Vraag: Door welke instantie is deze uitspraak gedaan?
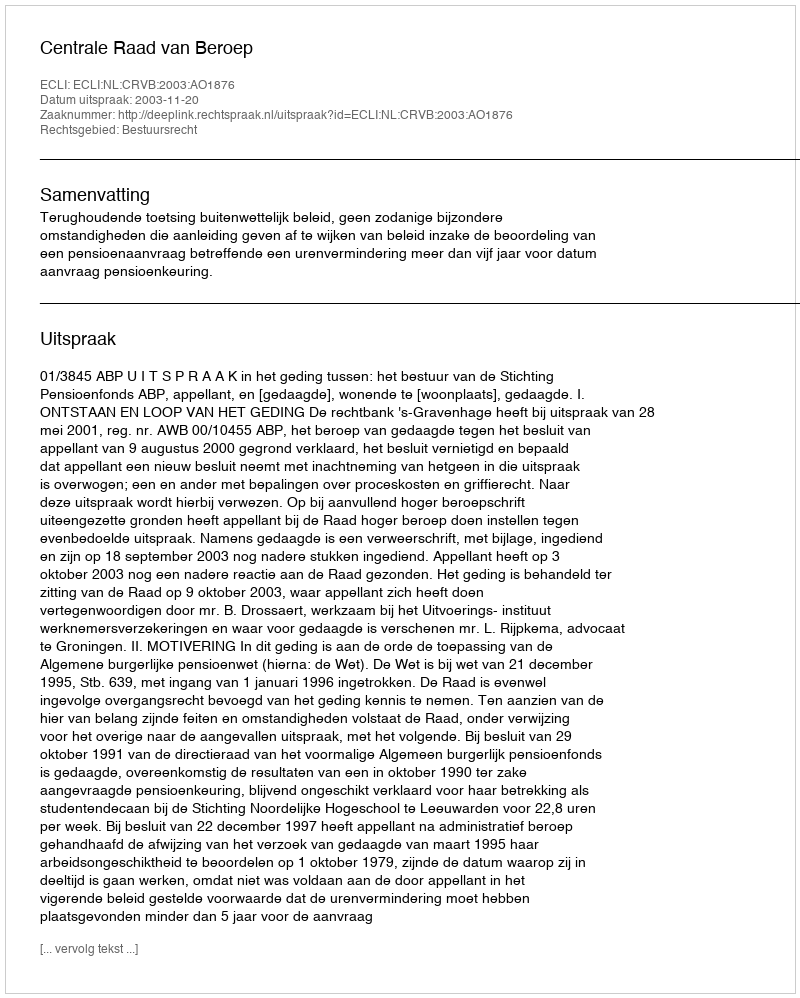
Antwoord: Centrale Raad van Beroep